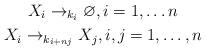
LaTeX: \begin{gather*}X_i \rightarrow_{k_i} \varnothing, i=1,\dots n \\X_i \rightarrow_{k_{i + n j}} X_j,i,j=1,\dots, n \end{gather*}